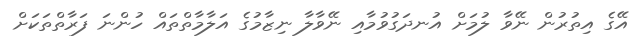
އޭގެ އިތުރުން ނޭވާ ލުމަށް އުނދަގުވުމާއި ނޭވާލާ ނިޒާމުގެ އަލާމާތްތައް ހުންނަ ފަރާތްތަކަށް